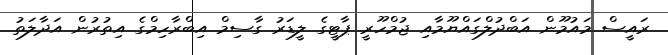
ރައީސް މައުމޫން އަބްދުލްގައްޔޫމާއި ޖުމްހޫރީ ޕާޓީގެ ލީޑަރު ގާސިމް އިބްރާހިމްގެ އިތުރުން އަދާލަތު